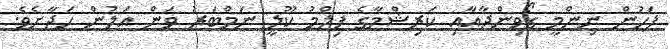
ފަހުން ނިންމީ ގޯވިންދާއާއި ކަރިޝްމާގެ ފިލްމު ކޫލީ ނަމްބަރު ވަން އަލުން ހަދާށެވެ.